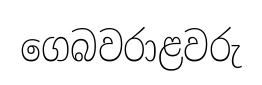
ගෙබවරාළවරු